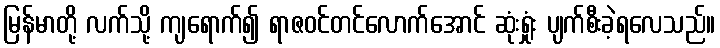
မြန်မာတို့ လက်သို့ ကျရောက်၍ ရာဇဝင်တင်လောက်အောင် ဆုံးရှုံး ပျက်စီးခဲ့ရလေသည်။